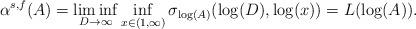
LaTeX: \begin{align*}\alpha^{s,f}(A) = \liminf_{D \rightarrow \infty} \inf_{x \in (1,\infty)} \sigma_{\log(A)}(\log(D),\log(x)) = L(\log(A)).\end{align*}